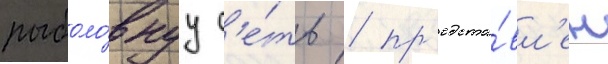
рыболо́внуу с'е́ть / пр'едста́вл'ен